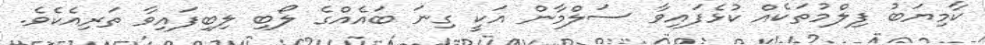
ކާމިޔަބު ފިލްމުތަކެއް ކުޅެފައިވާ ސަލްމާން އަކީ ގިނަ ބައެއްގެ ލޯބި ލިބިފައިވާ ތަރިއެކެވެ.